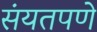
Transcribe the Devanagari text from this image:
संयतपणे